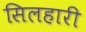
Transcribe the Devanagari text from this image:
सिलहारी